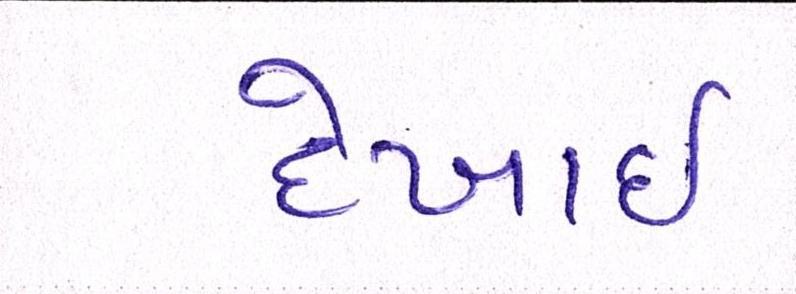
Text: દેખાઈ